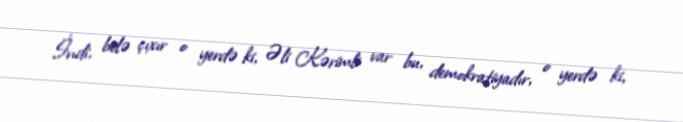
İndi, belə çıxır o yerdə ki, Əli Kərimli var bu, demokratiyadır, o yerdə ki,